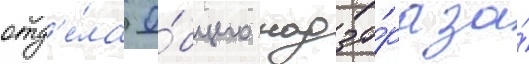
отд'е́ла о́бщего надзо́ра за́